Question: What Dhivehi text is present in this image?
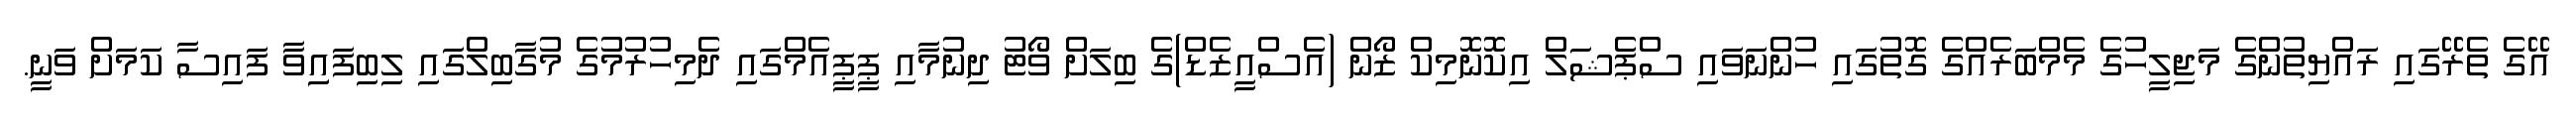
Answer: އޭގެ ތެރޭގައި ރައްޔިތުންގެ މަޖިލީހުގެ މެމްބަރެއްގެ ގޮތުގައި ހުންނަވައި ސްޕެޝަލް އިކޮނޮމިކް ޒޯން (އެސްއީޒެޑް)ގެ ބިލަށް ވޯޓު ދިނުމާއި ޕީޕީއެމްގައި ދެމިހުރުމުގެ މުގާބިލްގައި ލިބިފައިިވާ ފައިސާ ކަމަށް ވަނީ.